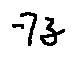
- 7 z